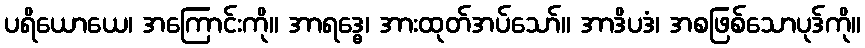
ပရိယောယေ၊ အကြောင်းကို။ အာရဒ္ဓေ၊ အားထုတ်အပ်သော်။ အာဒိပဒံ၊ အစဖြစ်သောပုဒ်ကို။